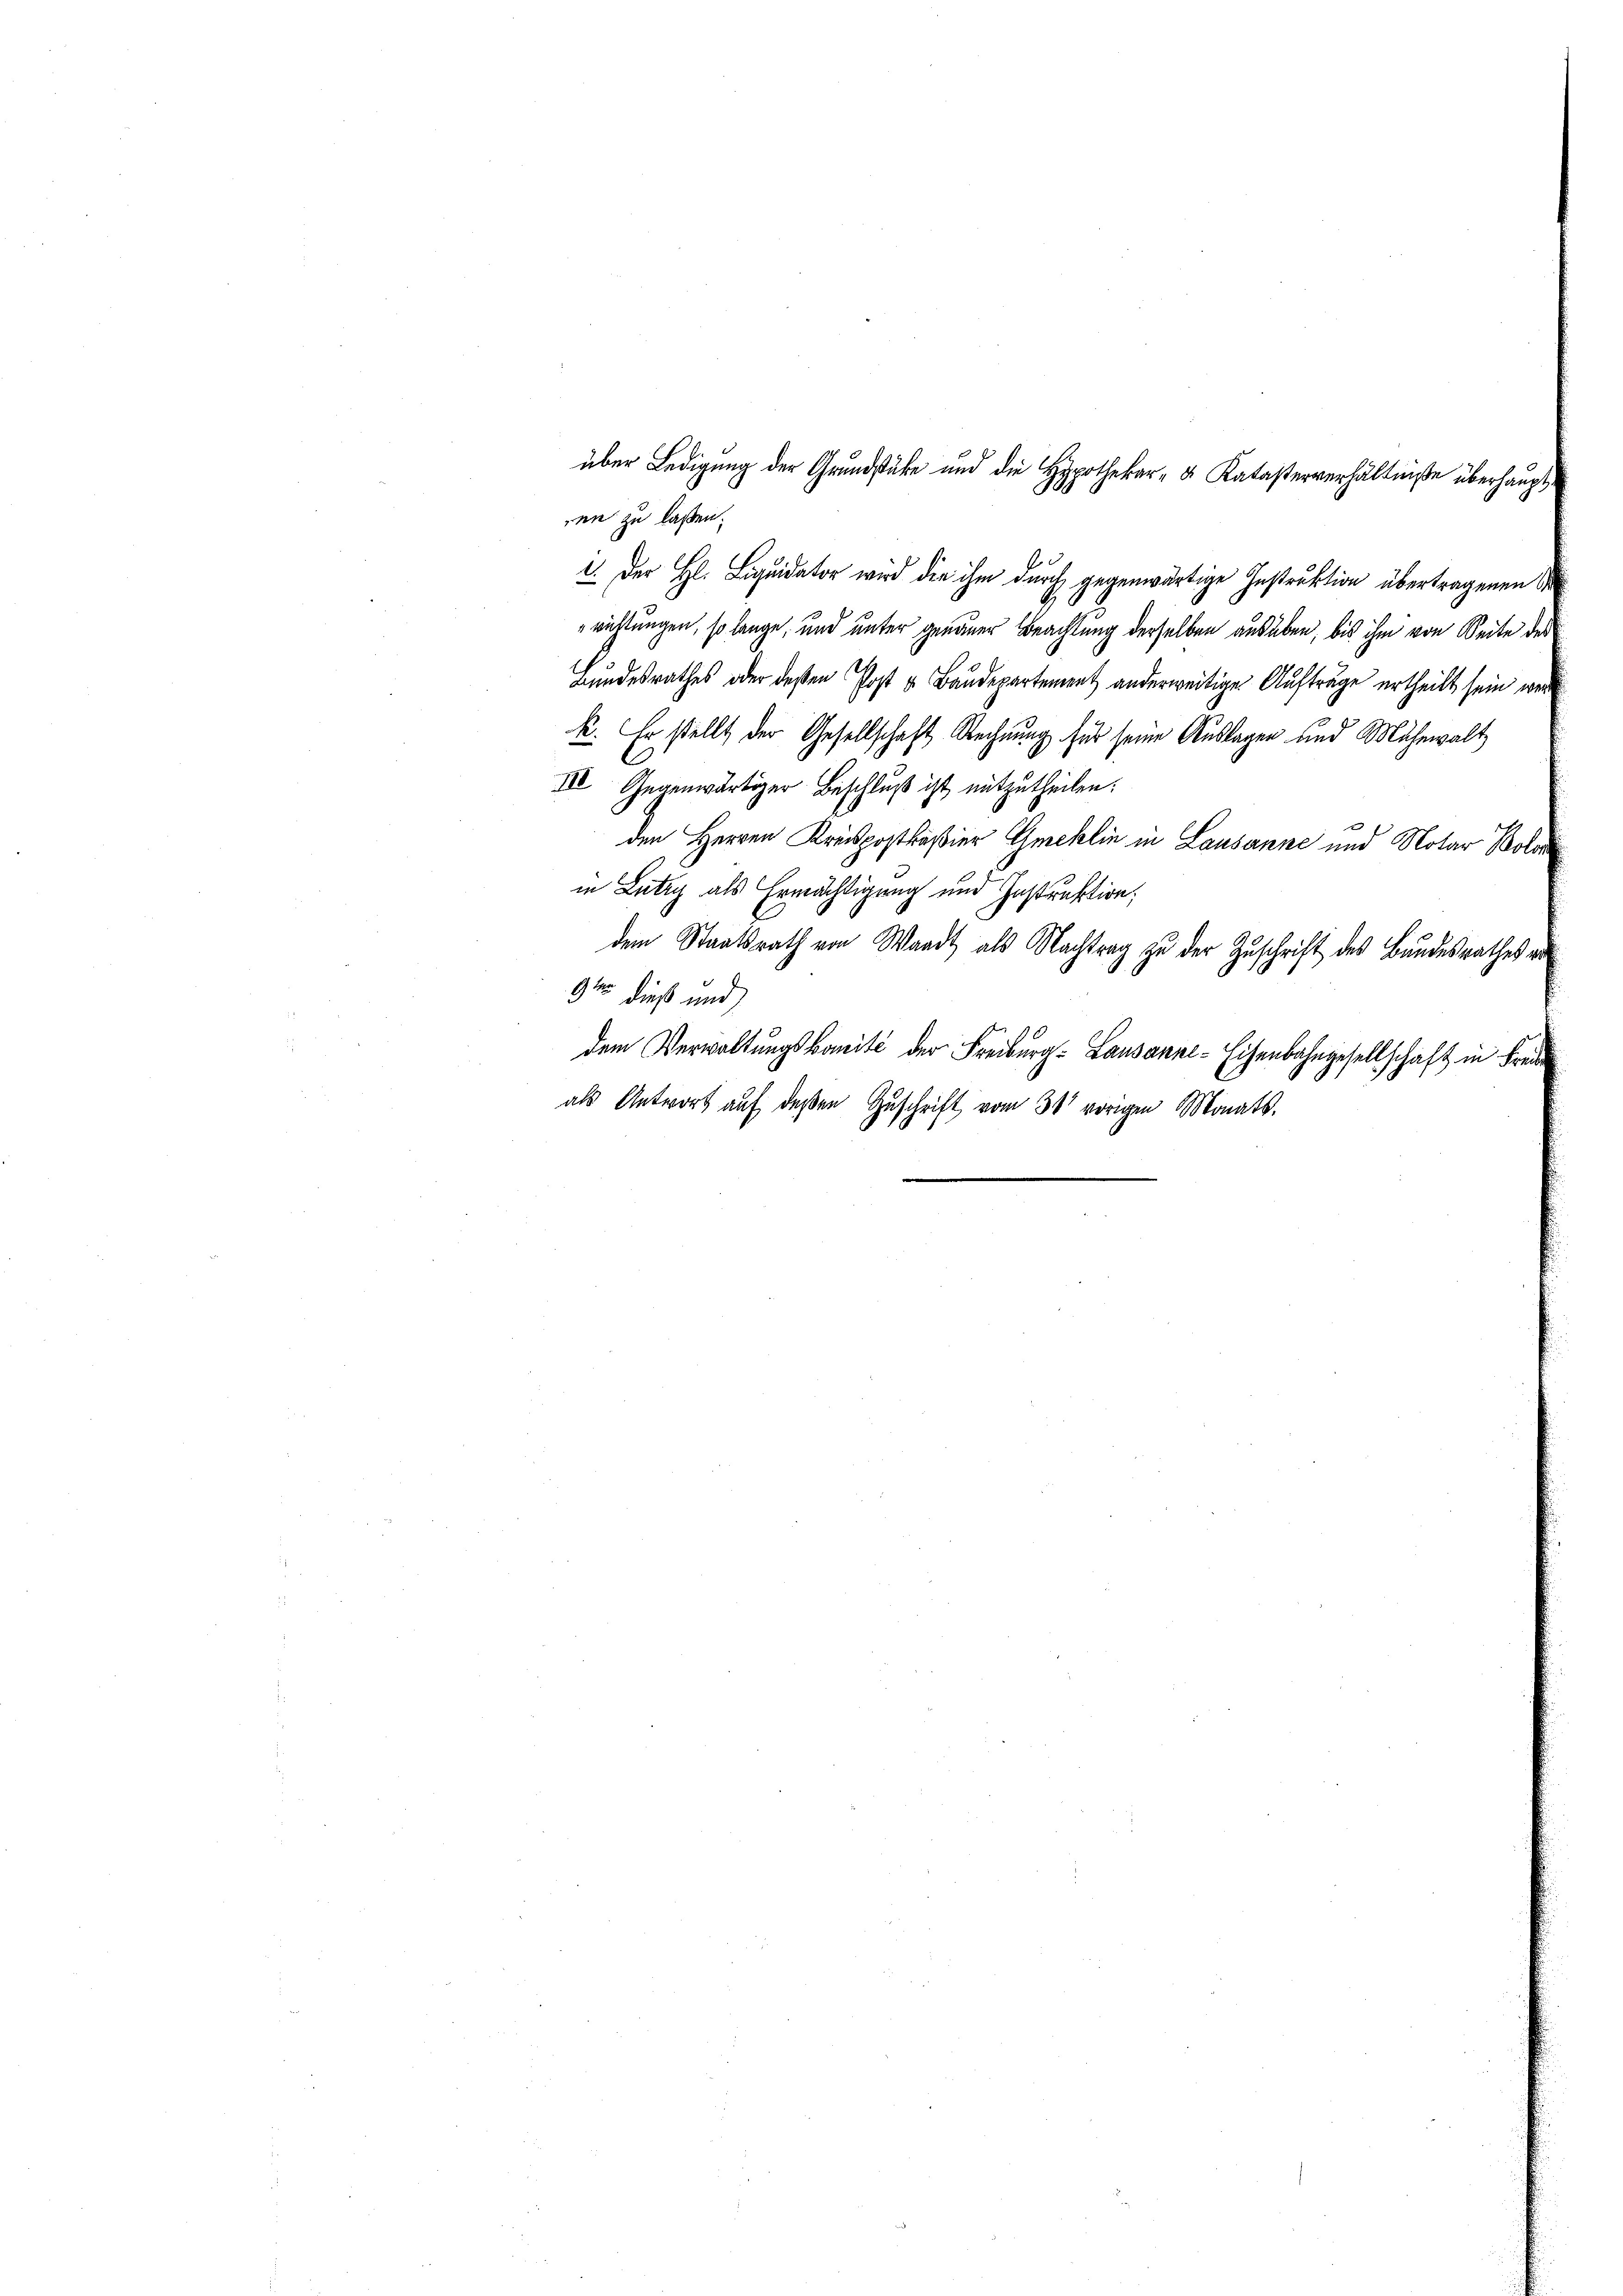
en zu laßen.
2. Der H. Liquidator wird die ihm durch gegenwärtige Instruktion übertragenen de
richtungen, so lange, und unter genauer Beachtung derselben ausüben, bis ihm von Seite der
Bundesrathes oder deßen Post u Baudepartement anderweitige Aufträge ertheilt sein wer
k. Er stellt der Gesellschaft Rechnung für seine Auslagen und Mühewalt
III. Gegenwärtiger Beschluß ist mitzutheilen.
den Herren Kreispostkaßier Gmeklin in Lausanne und Notar Bol
in Lutry als Ermächtigung und Instruktion,
dem Staatsrath von Waadt als Nachtrag zu der Zuschrift des Bundesrathes vo
9ten dieß und
dem Verwaltungskomité der Freiburg- Lausanne-Eisenbahngesellschaft in Frei
als Antwort aŭf deβen Zŭschrift vom 30 vorigen Monats-

über Ledigung der Grundstäbe und die Hypothekar- u Katasterverhältniße überhaupt
9